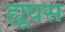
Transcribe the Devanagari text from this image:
ह्यूघस